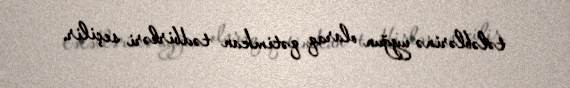
tələblərinə uyğun olaraq qətimkan tədbirləri seçilir.